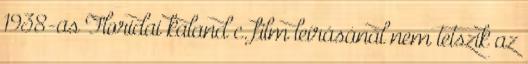
1938-as Floridai kaland c. film leírásánál nem tetszik az